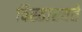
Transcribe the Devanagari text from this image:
विस्तारयते